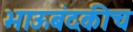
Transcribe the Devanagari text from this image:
भाऊबंदकीच